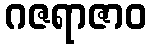
ဂဇရာဇာဝ